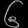
Digit: ၆